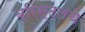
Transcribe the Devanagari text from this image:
ब्रिस्टलचे